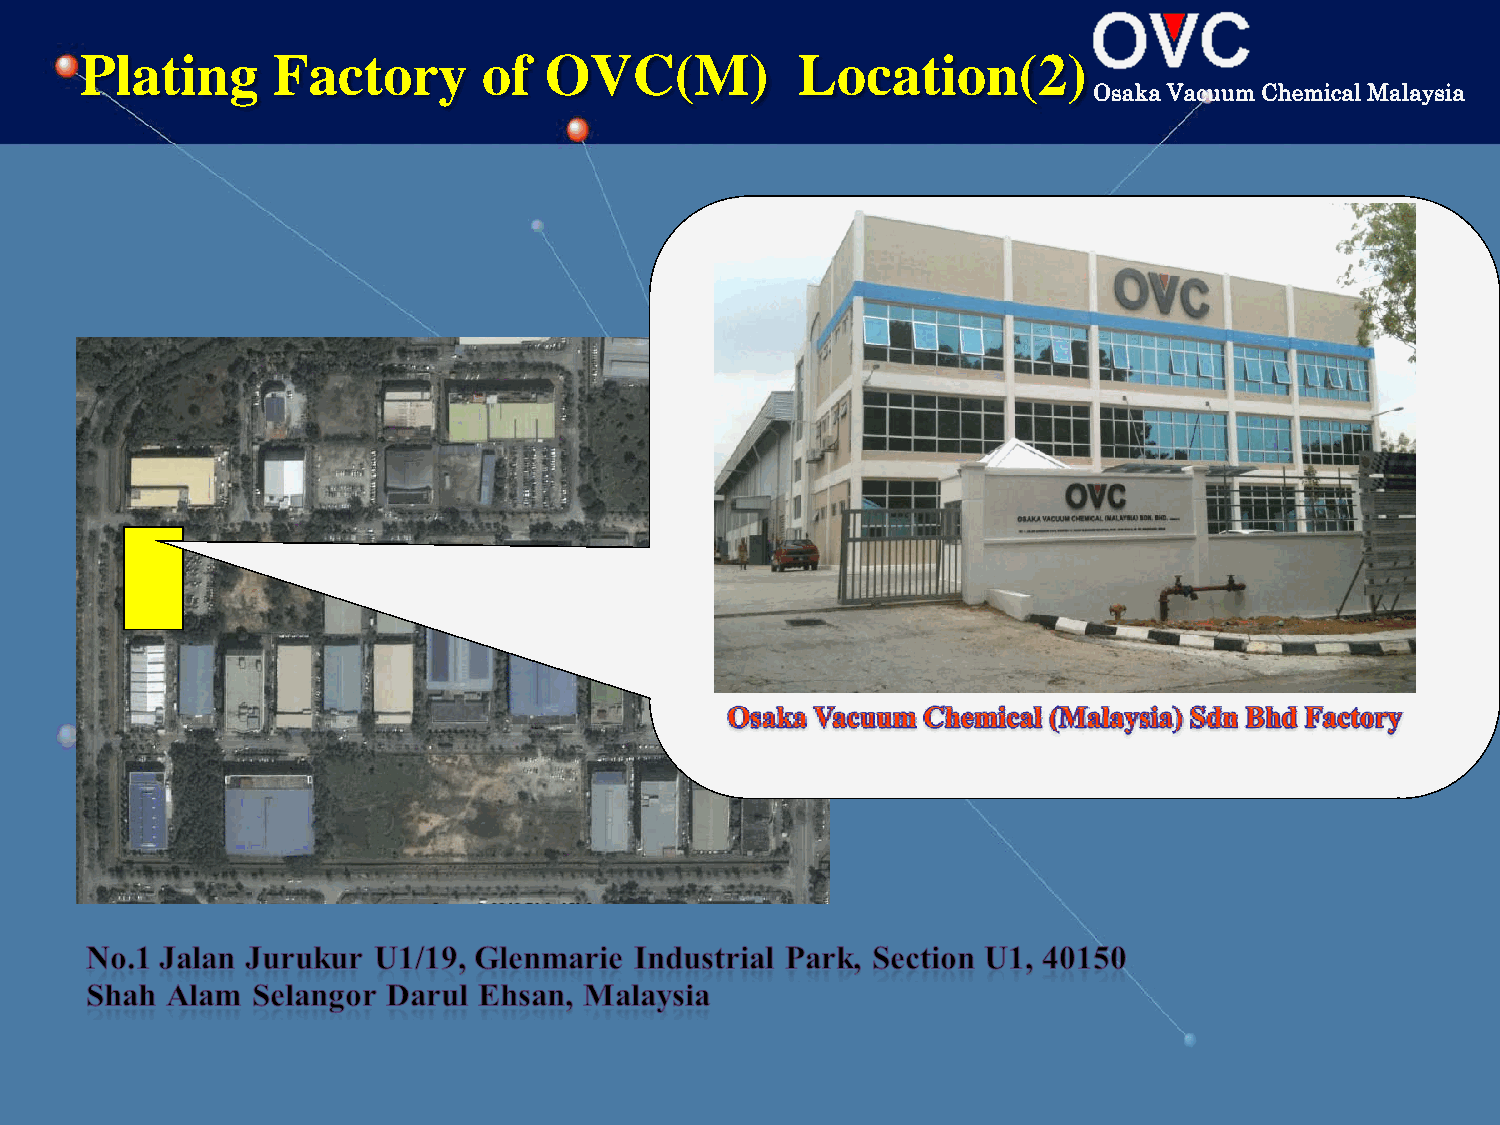
Plating     Factory       of  OVC(M)           Location(2)
 Osaka Vacuum Chemical Malaysia